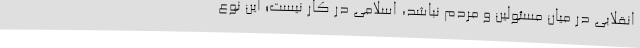
انقلابی در میان مسئولین و مردم نباشد، اسلامی در کار نیست؛ این نوع